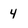
Character: 4